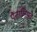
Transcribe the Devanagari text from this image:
पैंतालिसवें